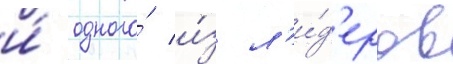
и́ одного́ и́з л'и́д'еров